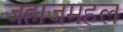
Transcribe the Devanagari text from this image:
जहाजमहल